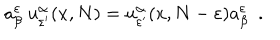
LaTeX: a _ { \beta } ^ { \varepsilon } \ u _ { \varepsilon ^ { \prime } } ^ { \alpha } ( x , N ) = u _ { \varepsilon ^ { \prime } } ^ { \alpha } ( x , N - \varepsilon ) a _ { \beta } ^ { \varepsilon } \ \ .